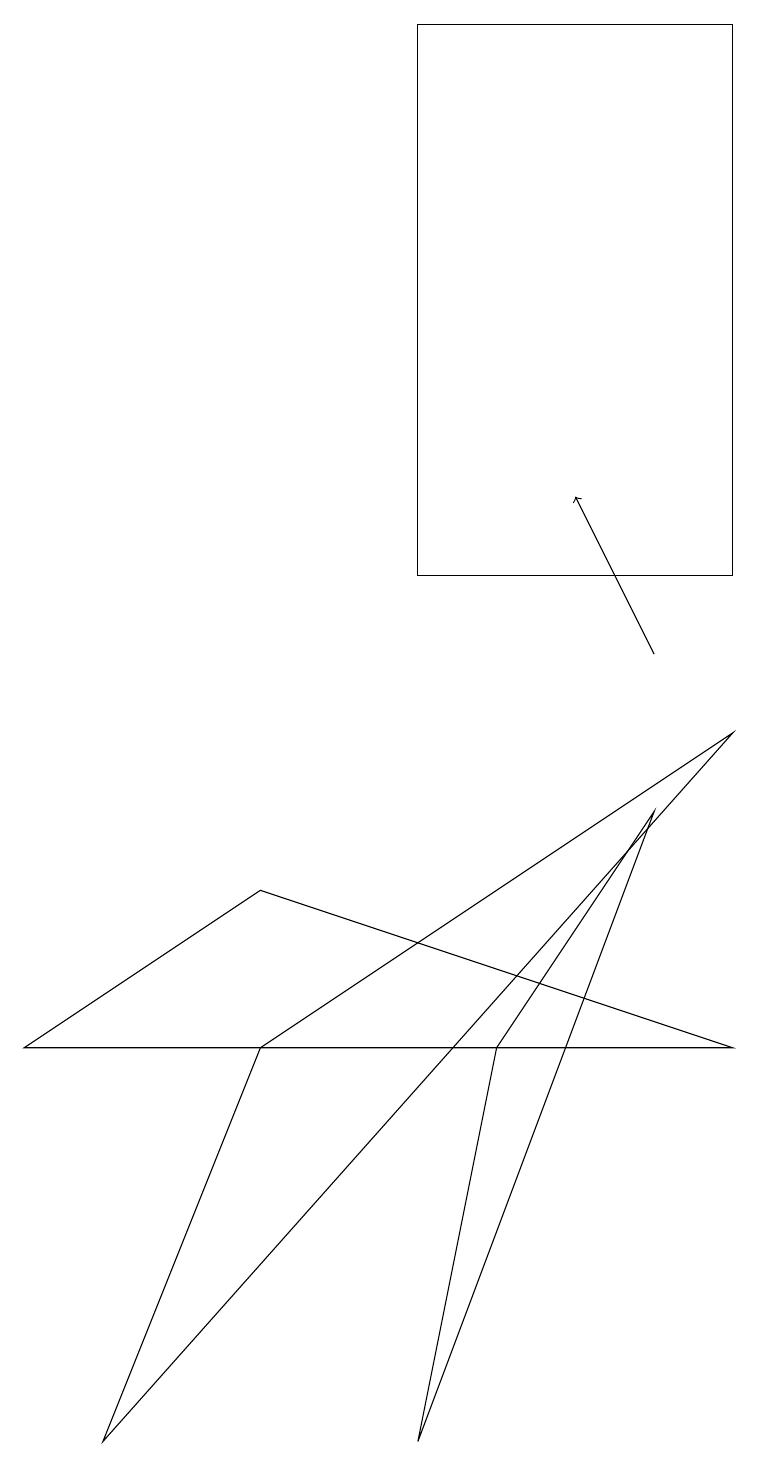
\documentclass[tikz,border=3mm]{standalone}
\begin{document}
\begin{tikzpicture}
\draw (3,5) -- (9,9) -- (1,0) -- cycle;
\draw[->] (8,10) -- (7,12);
\draw (3,7) -- (9,5) -- (0,5) -- cycle;
\draw (6,5) -- (5,0) -- (8,8) -- cycle;
\draw (9,11) rectangle (5,18);
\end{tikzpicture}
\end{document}